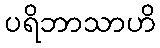
ပရိဘာသာဟိ